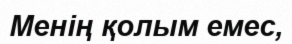
Менiң қолым емес,